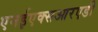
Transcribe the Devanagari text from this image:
एनईएक्सआरएडी